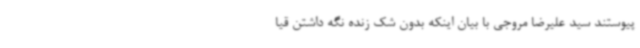
پیوستند سید علیرضا مروجی با بیان اینکه بدون شک زنده نگه داشتن قیا